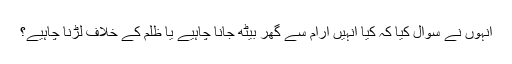
انہوں نے سوال کیا کہ کیا انہیں آرام سے گھر بیٹھ جانا چاہیے یا ظلم کے خلاف لڑنا چاہیے؟